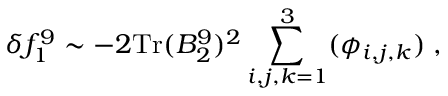
\delta f _ { 1 } ^ { 9 } \sim - 2 \mathrm { T r } ( B _ { 2 } ^ { 9 } ) ^ { 2 } \sum _ { i , j , k = 1 } ^ { 3 } ( \phi _ { i , j , k } ) \; ,